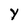
Character: Y